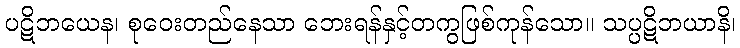
ပဋိဘယေန၊ စုဝေးတည်နေသာ ဘေးရန်နှင့်တကွဖြစ်ကုန်သော။ သပ္ပဋိဘယာနိ၊